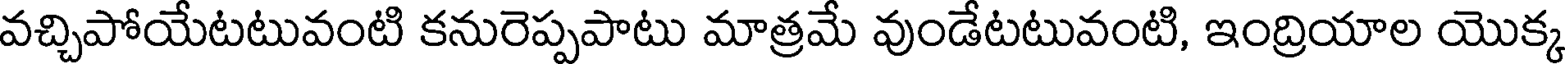
వచ్చిపోయేటటువంటి కనురెప్పపాటు మాత్రమే వుండేటటువంటి, ఇంద్రియాల యొక్క